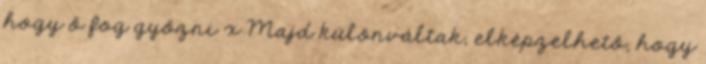
hogy ő fog győzni x Majd különváltak, elképzelhető, hogy